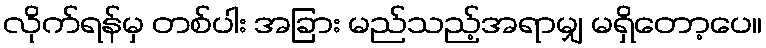
လိုက်ရန်မှ တစ်ပါး အခြား မည်သည့်အရာမျှ မရှိတော့ပေ။